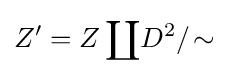
Z'=Z\coprod \!D^{2}/\!\sim